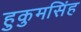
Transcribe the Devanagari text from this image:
हुकुमसिंह